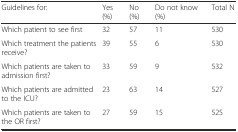
<table><thead><tr><td><b>Guidelines for:</b></td><td><b>Yes (%)</b></td><td><b>No (%)</b></td><td><b>Do not know (%)</b></td><td><b>Total N</b></td></tr></thead><tbody><tr><td>Which patient to see first</td><td>32</td><td>57</td><td>11</td><td>530</td></tr><tr><td>Which treatment the patients receive?</td><td>39</td><td>55</td><td>6</td><td>530</td></tr><tr><td>Which patients are taken to admission first?</td><td>33</td><td>59</td><td>9</td><td>532</td></tr><tr><td>Which patients are admitted to the ICU?</td><td>23</td><td>63</td><td>14</td><td>527</td></tr><tr><td>Which patients are taken to the OR first?</td><td>27</td><td>59</td><td>15</td><td>525</td></tr></tbody></table>